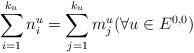
LaTeX: \begin{align*}\sum _{i=1}^{k_u} n_i^u =\sum _{j=1}^{k_u} m_j^u (\forall u\in E^{0,0})\end{align*}